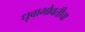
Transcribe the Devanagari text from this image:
धृवाभोवतीचा